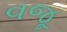
વજૂ